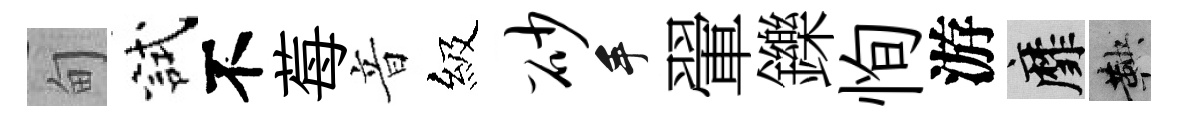
甸試不莓音級砂手翬鑠恂游靡鞅